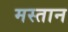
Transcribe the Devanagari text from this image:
मस्‍तान